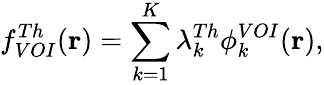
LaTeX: f_{VOI}^{Th}(\mathbf{r})=\sum_{k=1}^{K}\lambda_{k}^{Th}\phi_{k}^{VOI}(\mathbf{r}),